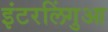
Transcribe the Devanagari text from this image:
इंटरलिंगुआ